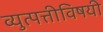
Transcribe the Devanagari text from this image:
व्युत्पत्तीविषयी